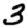
Digit: 3